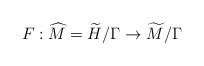
LaTeX: \begin{align*} F : \widehat{M} = \widetilde{H}/\Gamma \rightarrow \widetilde{M}/\Gamma \end{align*}